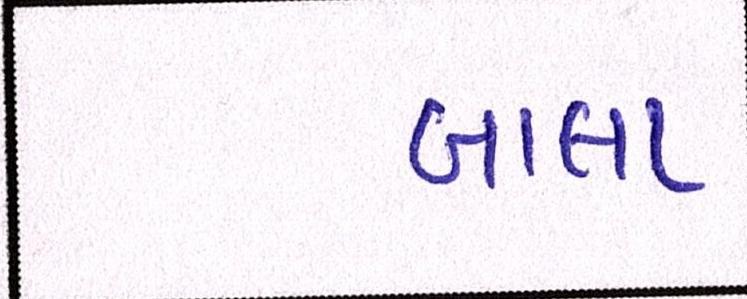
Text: બાલા